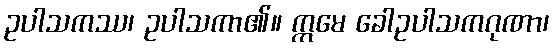
ဥပါသကဿ၊ ဥပါသကာ၏။ ဣမေ ခေါဥပါသကဂုဏာ၊